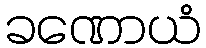
ခဏောယံ